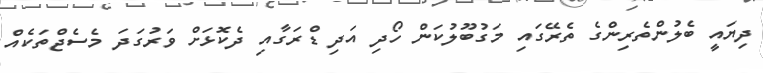
ދިޔައީ ބެލުންތެރިންގެ ތެރޭގައި މަގުބޫލުކަން ހޯދި އަދި ޑްރަގާއި ދެކޮޅަށް ވަރުގަދަ މެސެޖްތަކެއް